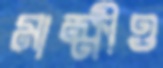
মাক্ষীও